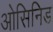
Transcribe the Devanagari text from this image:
ओसिनिड